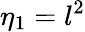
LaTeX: \eta_{1}=l^{2}